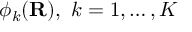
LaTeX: \phi _ { k } ( \mathbf { R } ) , \ k = 1 , \ldots , K